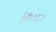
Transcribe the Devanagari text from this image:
फ़ीट।